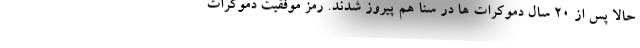
حالا پس از 20 سال دموکرات ها در سنا هم پیروز شدند. رمز موفقیت دموکرات